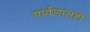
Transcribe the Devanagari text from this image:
पार्वणासही